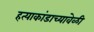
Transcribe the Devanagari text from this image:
हत्याकांडाच्यावेळी